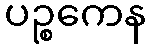
ပဉ္စကေန